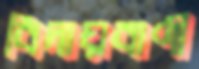
বিদায়বাণী